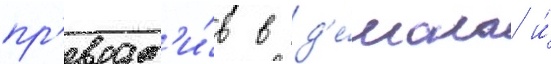
пр'еврат'и́в в д'е́мона и́